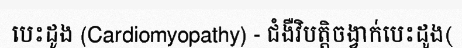
បេះដូង (Cardiomyopathy) - ជំងឺវិបត្តិចង្វាក់បេះដូង(